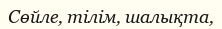
Сөйле, тілім, шалықта,